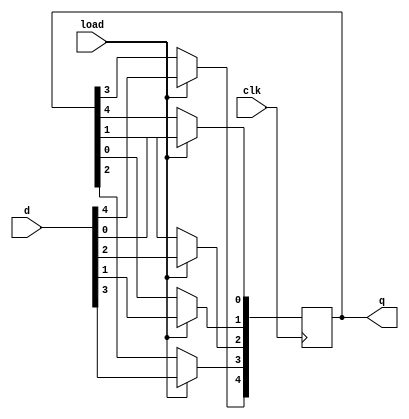
module problem2_19101196(d, load, clk, q);
	
	input [4:0] d;
	input load;
	input clk;
	output reg [4:0] q;
	
		always @(negedge clk)
			if (load)
				q <= d;
			else
				begin
					q[0] <= q[4];
					q[4] <= q[3];
					q[3] <= q[2];
					q[2] <= q[1];
					q[1] <= q[0];
				end
endmodule